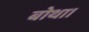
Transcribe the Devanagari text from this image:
बोथा।